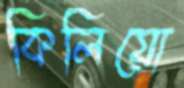
কিলিয়ো